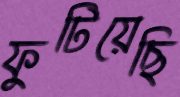
ফুটিয়েছি